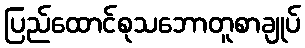
ပြည်ထောင်စုသဘောတူစာချုပ်